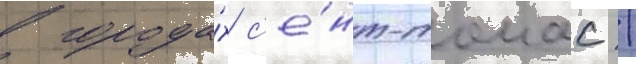
в города́х с'е́нт-томас /